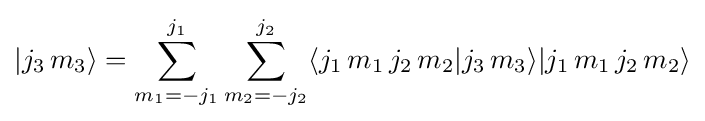
|j_{3}\,m_{3}\rangle =\sum _{m_{1}=-j_{1}}^{j_{1}}\sum _{m_{2}=-j_{2}}^{j_{2}}\langle j_{1}\,m_{1}\,j_{2}\,m_{2}|j_{3}\,m_{3}\rangle |j_{1}\,m_{1}\,j_{2}\,m_{2}\rangle